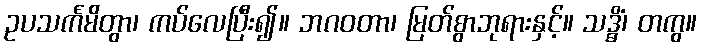
ဥပသင်္ကမိတွာ၊ ကပ်လေပြီး၍။ ဘဂဝတာ၊ မြတ်စွာဘုရားနှင့်။ သဒ္ဓိံ၊ တကွ။